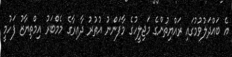
އެ ބައްދަލުވުމުގައި ރައްޔިތުންގެ މަޖިލީހުގެ މާފަންނު އުތުރު ދާއިރާގެ މެމްބަރު އިމްތިޔާޒު ފަހުމީ